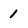
Character: 1